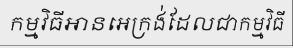
កម្មវិធីអានអេក្រង់ដែលជាកម្មវិធី